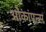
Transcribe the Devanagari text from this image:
ओकांपन्स